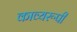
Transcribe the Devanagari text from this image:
काव्यरूपी